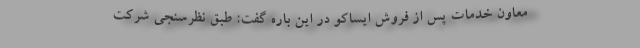
معاون خدمات پس از فروش ایساکو در این باره گفت: طبق نظرسنجی‌ شرکت